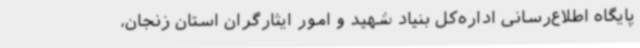
پایگاه اطلاع‌رسانی اداره‌کل بنیاد شهید و امور ایثارگران استان زنجان،